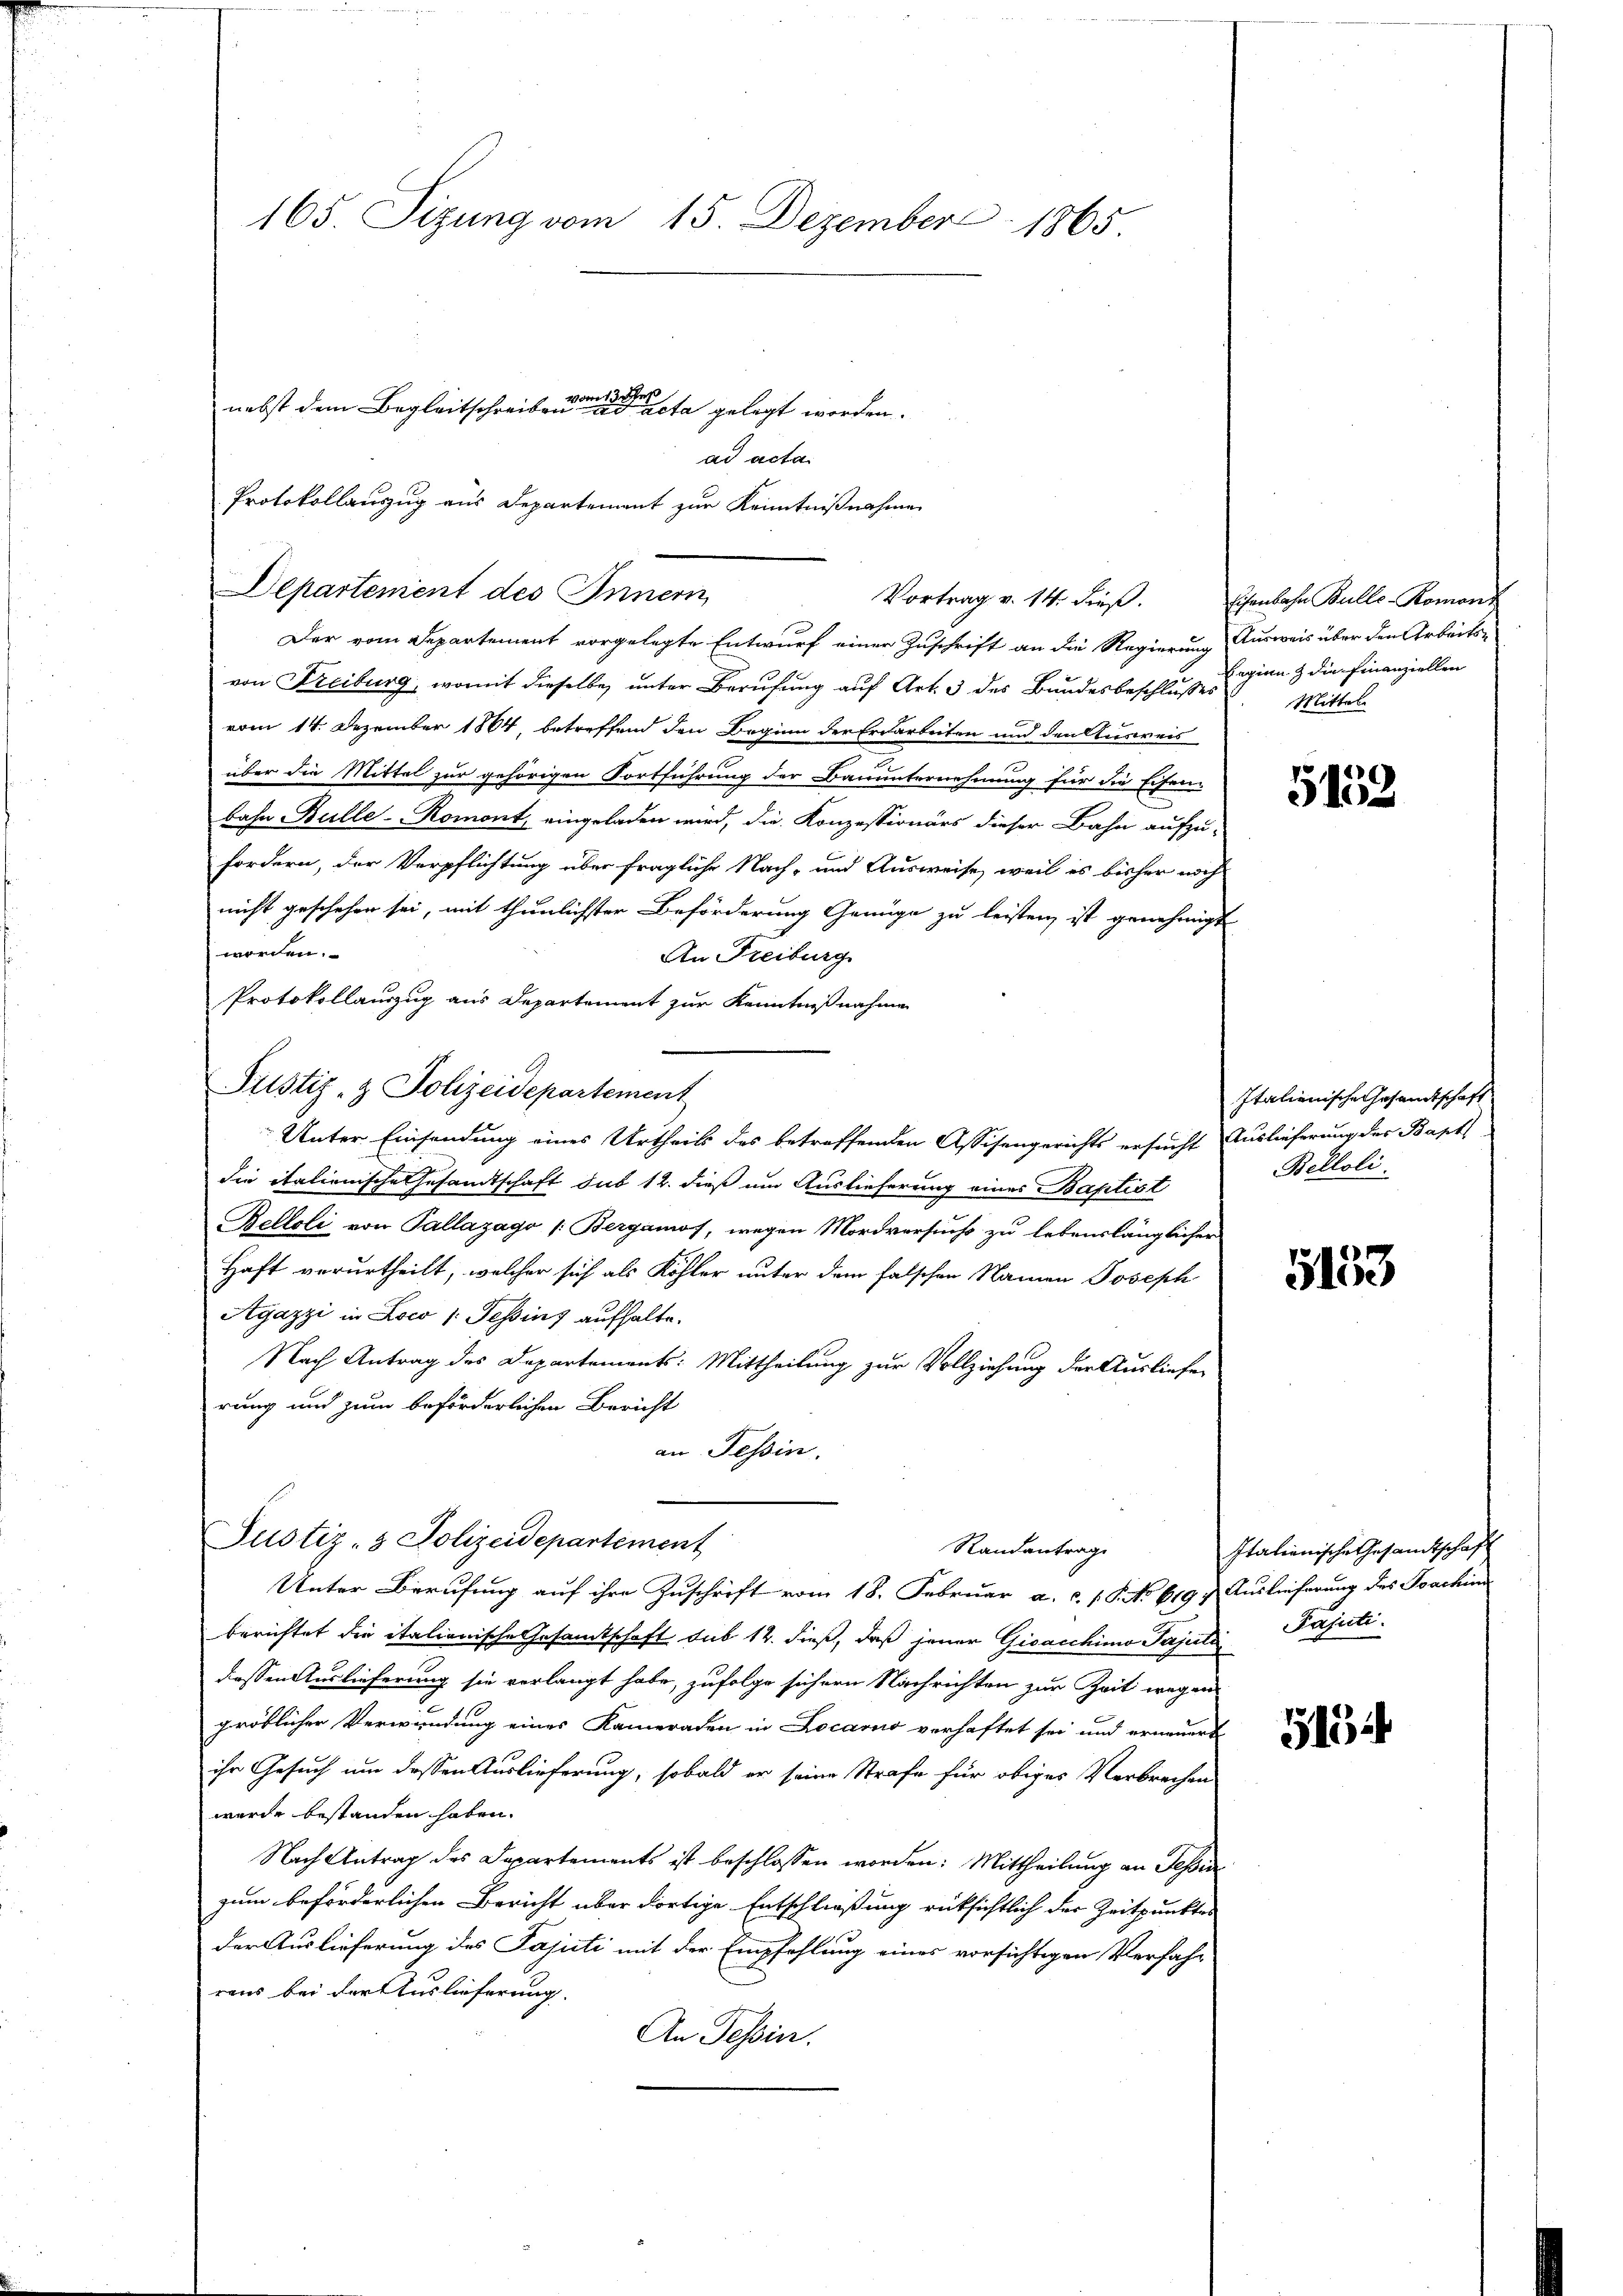
165. Sizung vom 15. Dezember 1865.
7br 17.
nebst dem Begleitschreiben acta gelegt worden.

Departement des Innern
Vortrag v. 14. dieß.

ad acta.
Protokollauszug aus Departement zur Kenntnißnahme

Der vom Departement vorgelegte Entwurf einer Zuschrift an die Regierung Ausweis über den Arbeits-
von Freiburg, womit dieselbe unter Berufung auf Art. 3 des Bundesbeschlusses
vom 14. Dezember 1864, betreffend den Beginn der Erdarbeiten und den Ausweis
über die Mittel zur gehörigen Fortführung der Bauunternehmung für die Eisen-
bahn Bulle-Romont, eingeladen wird, die Konzessionärs dieser Bahn aufzufordern, der Verpflichtung über fragliche Nach- und Ausweise, weil es bisher noch
nicht geschehen sei, mit thunlichster Beförderung Genüge zu leisten ist genehmigt
worden.
An Freiburg
Protokollauszug aus Departement zur Kenntnißnahme
Justiz- & Polizeidepartement
Unter Einsendung eines Urtheils des betreffenden Assisengerichts ersucht Auslieferung der Bapt
die italienische Gesandtschaft sub 12. dieß um Auslieferung eines Baptist
Belloli von Pallazago /: Bergamos, wegen Mordversuchs zu lebenslänglicher
Haft verurtheilt, welcher sich als Köhler unter dem falschen Namen Joseph
Agazzi in Loco /: Tessins aufhalte.
Nach Antrag des Departements: Mittheilung zur Vollziehung der Ausliefer
rung und zum beförderlichen Bericht
an Tessin.

Justiz- & Polizeidepartement
Randantrage
Unter Berufung auf ihre Zuschrift vom 18. Februar a. c. s. P. No 619. Auslieferung des Joachins

berichtet die italionische Gesamtschaft sub 12. dieß, daß jener Gicacchimo Pajuto Pajutidessen Auslieferung sie verlangt habe, zufolge sichern Nachrichten zur Zeit wegens
gröblicher Verwundung eines Kameraden in Locarno verhaftet sei und erneuert
ihr Gesuch um dessen Auslieferung, sobald er seine Strafe für obiges Verbrechen
wurde bestanden haben.
Nach Antrag des Dapartements ist beschlossen worden: Mittheilung an Tessin
zum beförderlichen Bericht über dortige Entschließung rüksichtlich der Zeitpunkter
der Auslieferung des Pajuti mit der Empfehlung eines vorsichtigen Verfah-
rens bei der Auslieferung.
An Tessin.

Eisenbahn Bullo-Komors
Eeginn & die Finanziellen
Mittel

5152

Italienische Gesandtschaft
Belloli.

5133

Italienische Gesandtschaft

515